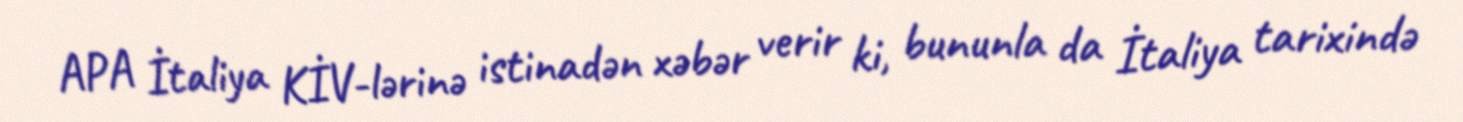
APA İtaliya KİV-lərinə istinadən xəbər verir ki, bununla da İtaliya tarixində